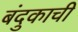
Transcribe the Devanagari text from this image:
बंदुकाची